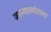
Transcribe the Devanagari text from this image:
जगन्मातर्मातस्तव